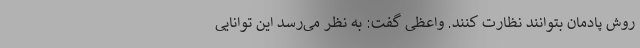
روش پادمان بتوانند نظارت کنند. واعظی گفت: به نظر می‌رسد این توانایی